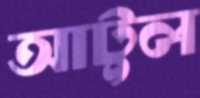
আটুল